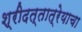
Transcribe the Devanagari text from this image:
श्रीदत्तात्रेयाचा